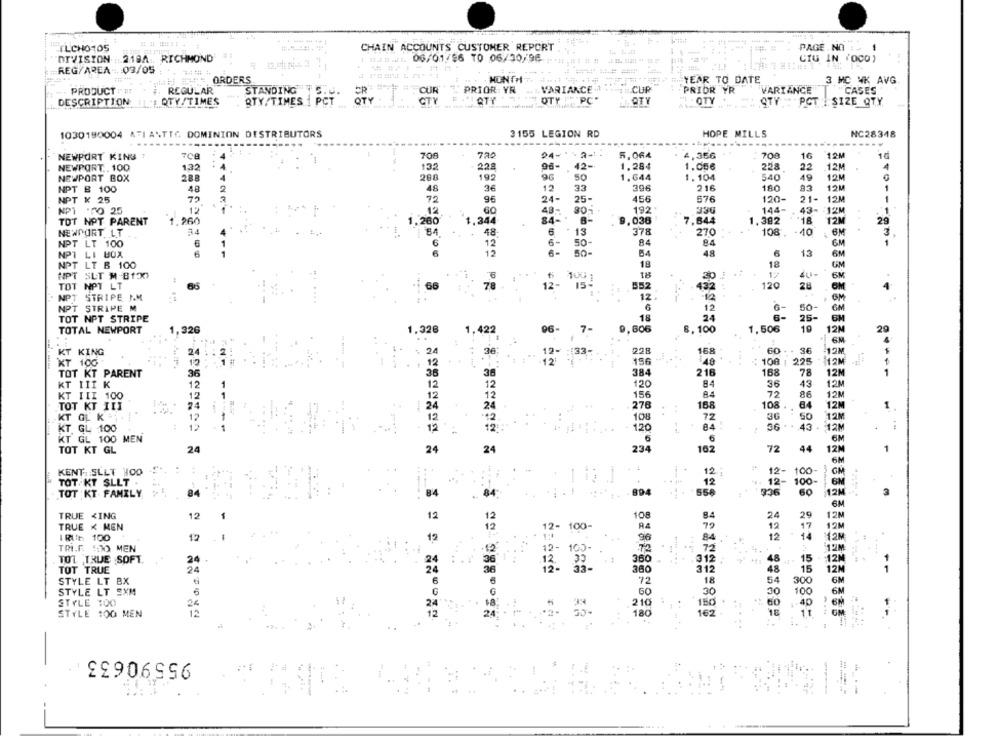
ILCHO105
CHAIN ACCOUNTS CUSTOMER REPORT
PAGE .NO :
-
DIVISION !!
219A ., RICHMOND
06/01/86 TO 06/50/96
CIG IN POCO)
REG/AREA -. 03/05
ORDERS
MONTHl
YEAR TO DATE
3 MC NK AVG
REGULAR
STANDING
CUR
PRIOR VR
VARIANCE .1
CUP
PRIOR YR
VARIANCE
"CASES
PRODUCT
DESCRIPTION
QTY/TIMES
STY/TIMES 1 PCT
QTY
CTV
! ATY
OTY
"PC*
OT
- QTY
QTY : PCT | SIZE QTY
1030190004 ATI ANTIC DOMINION DISTRIBUTORS
3155 LEGION RD
HOPE MILLS
NC28348
GEL
NEWPORT KING !
700
24 --- 2-
5,064
4,356
700
16
10
96-
NEWPORT .. 100
132
132
228
42-
1.284
1.056
228
22
12M
4
NEWPORT BOX
288
192
96
50
1.644
1.104
540
49
12M
396
NPT & 100
48
48
36
12
33
216
180
83
NPT X 25
72
96
24-
25-
456
676
120-
21-
12M
144-
NPT .70 25
12
12
43-
80-
192
43- : 12M
TOT NPT PARENT
260
260
1.344
84-
8-
.036
7,644
1.392
+18
12M
29
A4
6
13
378
-40
NEWPORT LT
48
270
108.
NPT LT 100
6
12
50-
84
6M
12
6-
50-
54
48
6
13
6M
NPT LI BOX
NPT LT B 100
18
18
GM
NPT SLT M-8130
30 .1
12
6M
100 ;
TOT NOT LT
66
78
12-
15-
552
432
120
28
OM
NPT STRIPE PM
12
-12
OM
NPT STRIPE M
12
6-
50-
GM
TOT NPT STRIPE
18
24
6-
25-
6M
TOTAL NEWPORT
1,326
1.326
1,422
96
7-
9,606
8. 100
1,506
19
12M
20
KT KING
24
2
12-
:33-
168
60
36
12M
KT 100
12
12
156
48
: 108 : 225
12M
216
168
78
12M
TOT KT PARENT
36
384
KT III K
12
120
84
36
43
12M
156
84
72
86
12M
KT III 100
12
TOT KT III
24
276
168
108
64
12M
KT GL K
30
50
12M
108
72
KT GL 100
12
120
84
36 .
43
12M
4 ..
KT GL 100 MEN
6
6
6M
TOT KT GL
24
24
======== =
24
234
162
72
44
12M
6M
KENT SLLT HOD
12;
12- 100-
SGM
TOT-KY SLLT
12
. 12-
100
TOT KT FAMILY
84
-.
84
894
. 556
336
12M
6M
TRUE <ING
12
12
108
24
29
12M
TRUE K MEN
12-
RA
12
12M
100
12M
RUIE 100
12
12
96
84.
12
TRI.F. SO MEN
72
72
12M
12M
TOT TRUE SOFT.
24
360
312
TOT TRUE
24
360
312
15
12M
6M
STYLE LT BX
72
18
300
STYLE LT SXM
60
6A
STYLE :00
2
24
210
STYLE 100 MEN
12
180
GM
95590633